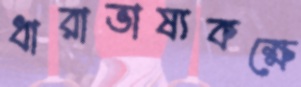
ধারাভাষ্যকক্ষে